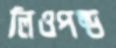
লিওপল্ড